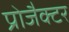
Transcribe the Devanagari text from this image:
प्रोजैक्टर